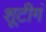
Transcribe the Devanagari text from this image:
शूटीगं